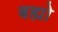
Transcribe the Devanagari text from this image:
बह्यो